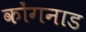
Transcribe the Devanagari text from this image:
कोंगनाड